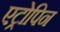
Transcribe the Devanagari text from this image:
एट्रोपिन